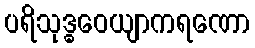
ပရိသုဒ္ဓဝေယျာကရဏော